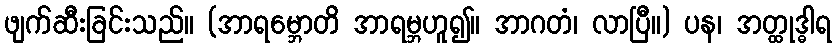
ဖျက်ဆီးခြင်းသည်။ (အာရမ္ဘောတိ အာရမ္ဘဟူ၍။ အာဂတံ၊ လာပြီ။) ပန၊ အတ္ထုဒ္ဓါရ